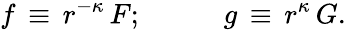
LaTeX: f\, \equiv\, r^{-\kappa}\, F;\, \, \, \, \, \, \, \, \, \, \, \, \, \, \, \, \, g\, \equiv\, r^{\kappa}\, G.